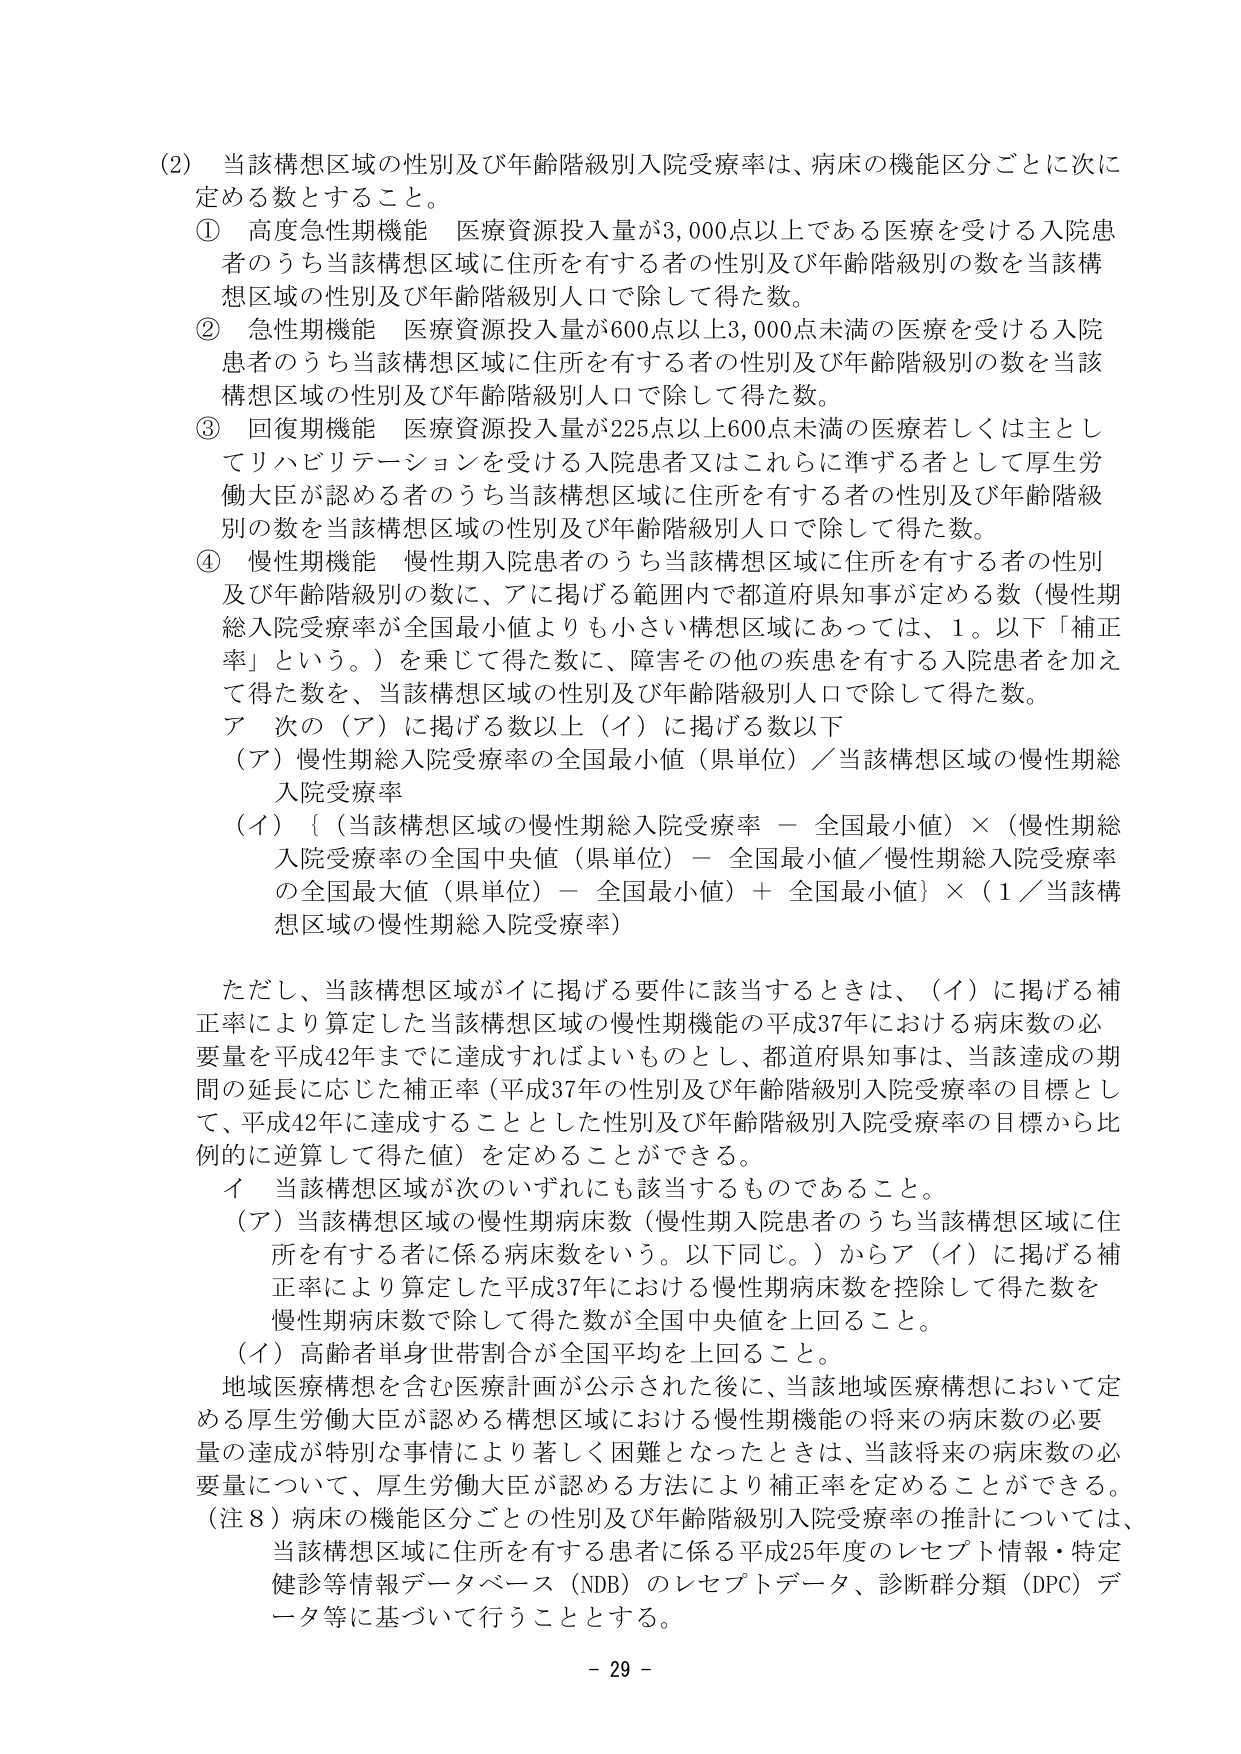
(2) 当該構想区域の性別及び年齢階級別入院受療率は、病床の機能区分ごとに次に定める数とすること。

① 高度急性期機能 医療資源投入量が3,000点以上である医療を受ける入院患者のうち当該構想区域に住所を有する者の性別及び年齢階級別の数を当該構想区域の性別及び年齢階級別人口で除して得た数。

② 急性期機能 医療資源投入量が600点以上3,000点未満の医療を受ける入院患者のうち当該構想区域に住所を有する者の性別及び年齢階級別の数を当該構想区域の性別及び年齢階級別人口で除して得た数。

③ 回復期機能 医療資源投入量が225点以上600点未満の医療若しくは主としてリハビリテーションを受ける入院患者又はこれらに準ずる者として厚生労働大臣が認める者のうち当該構想区域に住所を有する者の性別及び年齢階級別の数を当該構想区域の性別及び年齢階級別人口で除して得た数。

④ 慢性期機能 慢性期入院患者のうち当該構想区域に住所を有する者の性別及び年齢階級別の数に、アに掲げる範囲内で都道府県知事が定める数（慢性期総入院受療率が全国最小値よりも小さい構想区域にあっては、1。以下「補正率」という。）を乗じて得た数に、障害その他の疾患を有する入院患者を加えて得た数を、当該構想区域の性別及び年齢階級別人口で除して得た数。

ア 次の（ア）に掲げる数以上（イ）に掲げる数以下

（ア）慢性期総入院受療率の全国最小値（県単位）／当該構想区域の慢性期総入院受療率

（イ）｛（当該構想区域の慢性期総入院受療率 － 全国最小値）×（慢性期総入院受療率の全国中央値（県単位）－ 全国最小値／慢性期総入院受療率の全国最大値（県単位）－ 全国最小値）＋ 全国最小値｝×（1／当該構想区域の慢性期総入院受療率）

ただし、当該構想区域がイに掲げる要件に該当するときは、（イ）に掲げる補正率により算定した当該構想区域の慢性期機能の平成37年における病床数の必要量を平成42年までに達成すればよいものとし、都道府県知事は、当該達成の期間の延長に応じた補正率（平成37年の性別及び年齢階級別入院受療率の目標として、平成42年に達成することとした性別及び年齢階級別入院受療率の目標から比例的に逆算して得た値）を定めることができる。

イ 当該構想区域が次のいずれにも該当するものであること。

（ア）当該構想区域の慢性期病床数（慢性期入院患者のうち当該構想区域に住所を有する者に係る病床数をいう。以下同じ。）からア（イ）に掲げる補正率により算定した平成37年における慢性期病床数を控除して得た数を慢性期病床数で除して得た数が全国中央値を上回ること。

（イ）高齢者単身世帯割合が全国平均を上回ること。

地域医療構想を含む医療計画が公示された後に、当該地域医療構想において定める厚生労働大臣が認める構想区域における慢性期機能の将来の病床数の必要量の達成が特別な事情により著しく困難となったときは、当該将来の病床数の必要量について、厚生労働大臣が認める方法により補正率を定めることができる。

（注8）病床の機能区分ごとの性別及び年齢階級別入院受療率の推計については、当該構想区域に住所を有する患者に係る平成25年度のレセプト情報・特定健診等情報データベース（NDB）のレセプトデータ、診断群分類（DPC）データ等に基づいて行うこととする。

- 29 -